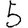
Digit: 5